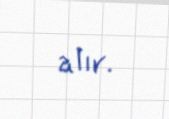
alır.